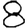
Digit: 8